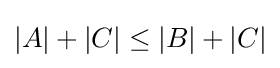
|A|+|C|\leq |B|+|C|